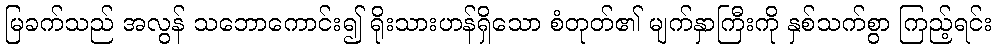
မြခက်သည် အလွန် သဘောကောင်း၍ ရိုးသားဟန်ရှိသော စံတုတ်၏ မျက်နှာကြီးကို နှစ်သက်စွာ ကြည့်ရင်း